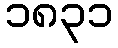
၁၈၃၁